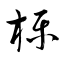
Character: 櫟